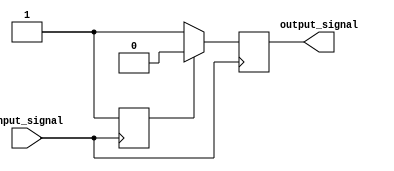
module voltage_level_shifter (
    input wire input_signal,
    output reg output_signal
    );

    // Detect input voltage level
    reg input_voltage_level;

    always @ (posedge input_signal) begin
        if (input_signal == 1'b1) begin
            input_voltage_level <= 1'b1;
        end else begin
            input_voltage_level <= 1'b0;
        end
    end

    // Perform level shifting operations
    always @ (posedge input_signal) begin
        if (input_voltage_level == 1'b1) begin
            output_signal <= 1'b0;
        end else begin
            output_signal <= 1'b1;
        end
    end

    // Safety features to protect output device
    // (Implementation of safety features not specified)

endmodule